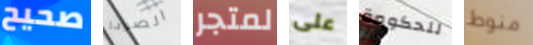
صحيح الصودا لمتجر على للحكومة منوط